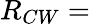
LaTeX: R_{CW}=